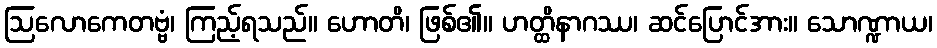
ဩလောကေတဗ္ဗံ၊ ကြည့်ရသည်။ ဟောတိ၊ ဖြစ်၏။ ဟတ္ထိနာဂဿ၊ ဆင်ပြောင်အား။ သောဏ္ဍာယ၊